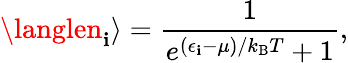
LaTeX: \langlen_{\mathbf{i}}\rangle={\frac{{1}}{{e^{(\epsilon_{\mathbf{i}}-\mu)/k_{\mathrm{{{B}}}}T}+1}}},